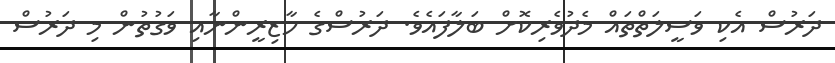
ދަރުސް އެކި ވަސީލަތްތައް މެދުވެރިކޮށް ބަލާފައެވެ. ދަރުސްގެ ހާޒިރީންނާއި ވަގުުތުން މި ދަރުސް